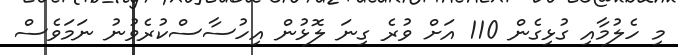
މި ހެލުމާއި ގުޅިގެން 110 އަށް ވުރެ ގިނަ ލޮޅުން އިހުސާސްކުރެވުނު ނަމަވެސް